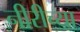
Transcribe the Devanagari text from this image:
नीरीच्या